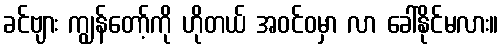
ခင်ဗျား ကျွန်တော့်ကို ဟိုတယ် အဝင်ဝမှာ လာ ခေါ်နိုင်မလား။